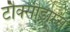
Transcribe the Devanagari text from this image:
टौक्सीड्रोम्स